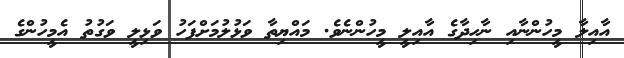
އާއިލާ މީހުންނާއި ނާހިދާގެ އާއިލީ މީހުންނެވެ. މައްޔިތާ ވަޅުލުމަށްފަހު ވަޅިލީ ވަގުތު އެމީހުންގެ